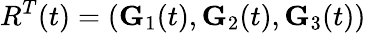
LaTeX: R^{T}(t)=({\mathbf G}_{1}(t),{\mathbf G}_{2}(t),{\mathbf G}_{3}(t))